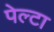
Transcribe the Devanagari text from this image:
पेल्टा